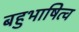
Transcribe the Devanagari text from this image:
बहुभाषित्व